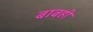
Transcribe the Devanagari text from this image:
बाबही